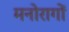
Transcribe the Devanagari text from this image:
मनोरागों